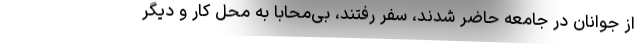
از جوانان در جامعه حاضر شدند، سفر رفتند، بی‌محابا به محل کار و دیگر